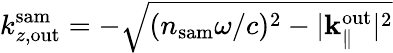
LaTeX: k_{z,\mathrm{out}}^{\mathrm{sam}}=-\sqrt{(n_{\mathrm{sam}}\omega/c)^{2}-|{\mathbf k}_{\parallel}^{\mathrm{out}}|^{2}}